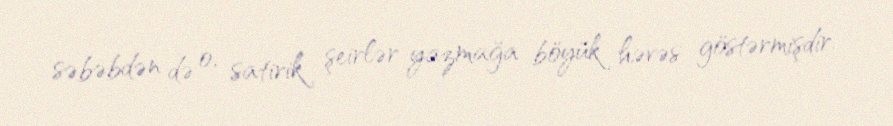
səbəbdən də o, satirik şeirlər yazmağa böyük həvəs göstərmişdir.